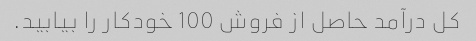
کل درآمد حاصل از فروش 100 خودکار را بیابید.